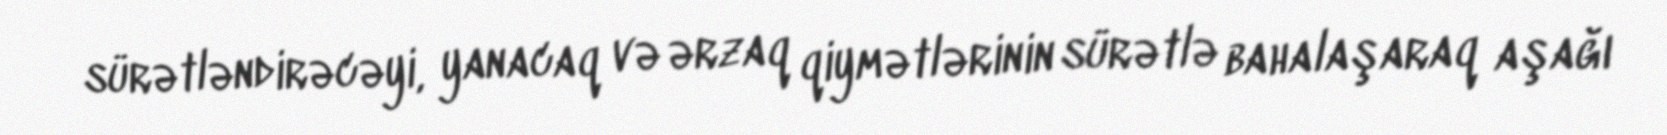
sürətləndirəcəyi, yanacaq və ərzaq qiymətlərinin sürətlə bahalaşaraq aşağı